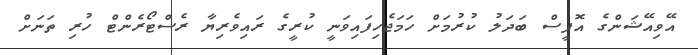
އޭވިއޭޝަންގެ އޮފީސް ބަދަލު ކުރުމަށް ހަމަޖެހިފައިވަނީ ކުރީގެ ރައިވެރިޔާ ރެސްޓޯރެންޓް ހުރި ތަނަށް